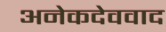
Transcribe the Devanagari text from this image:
अनेकदेववाद